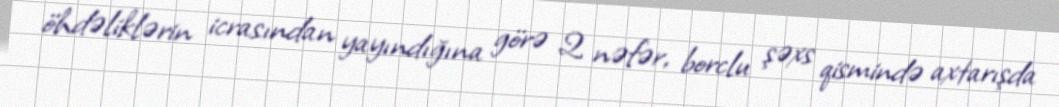
öhdəliklərin icrasından yayındığına görə 2 nəfər, borclu şəxs qismində axtarışda